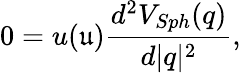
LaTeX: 0=u(\mathfrak{u})\frac{d^{2}V_{Sph}(q)}{d\vert q\vert^{2}},